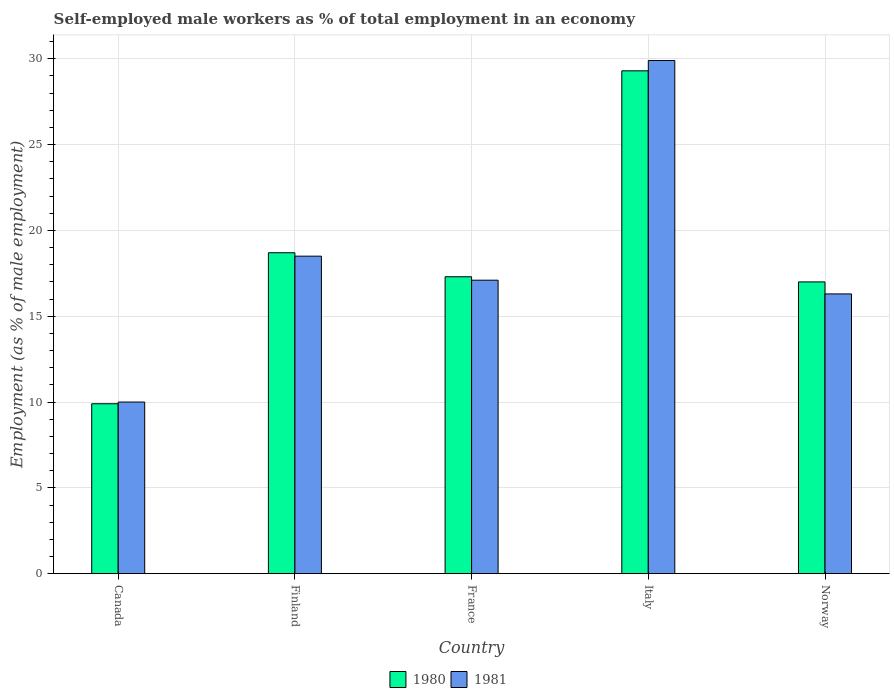
| Country | 1980 | 1981 |
 | --- | --- | --- |
 | Canada | 9.9 | 10 |
 | Finland | 18.7 | 18.5 |
 | France | 17.3 | 17.1 |
 | Italy | 29.3 | 29.9 |
 | Norway | 17 | 16.3 |